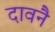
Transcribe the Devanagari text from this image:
दावनै